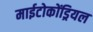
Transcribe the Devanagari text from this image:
माईटोकोंड्रियल